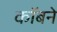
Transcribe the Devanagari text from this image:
कॉबने